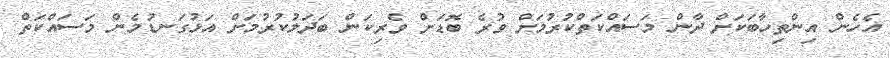
އެހެން އިންތިހާބަކަށް ދާން މަސައްކަތްކުރުމަށް ވުރެ ބޮޑަށް ވެރިކަން ބަދަލުކުރުމަށް އަޅުގަނޑުމެން މަސައްކަތް